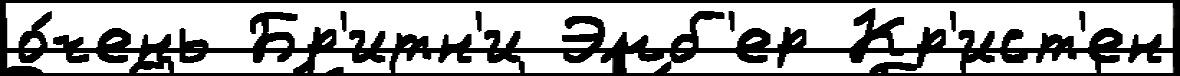
о́чень Бр'итн'и Эмб'ер Кр'ист'ен